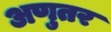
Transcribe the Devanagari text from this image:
अणुतर